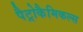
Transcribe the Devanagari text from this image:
पैट्रोकैमिकल्स